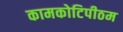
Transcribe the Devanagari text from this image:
कामकोटिपीठम